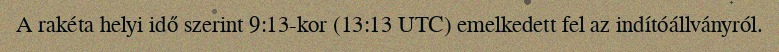
A rakéta helyi idő szerint 9:13-kor (13:13 UTC) emelkedett fel az indítóállványról.